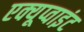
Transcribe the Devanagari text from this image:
एक्यूप्वाइंट